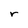
Character: r